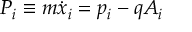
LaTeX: P _ { i } \equiv m { \dot { x } } _ { i } = p _ { i } - q A _ { i }